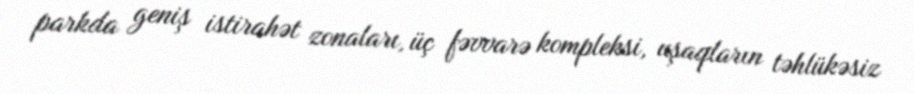
parkda geniş istirahət zonaları, üç fəvvarə kompleksi, uşaqların təhlükəsiz